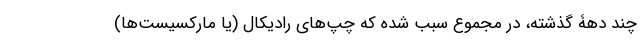
چند دهۀ گذشته، در مجموع سبب شده که چپ‌های رادیکال (یا مارکسیست‌ها)